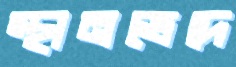
স্থানভেদে